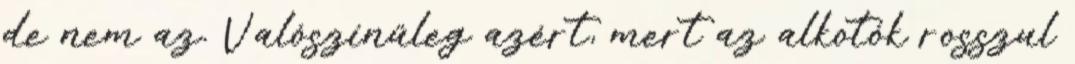
de nem az. Valószínűleg azért, mert az alkotók rosszul